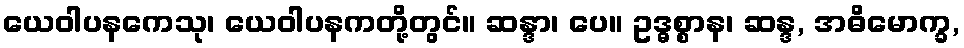
ယေဝါပနကေသု၊ ယေဝါပနကတို့တွင်။ ဆန္ဒာ၊ ပေ။ ဥဒ္ဓစ္စာန၊ ဆန္ဒ, အဓိမောက္ခ,